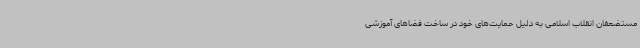
مستضعفان انقلاب اسلامی به دلیل حمایت‌های خود در ساخت فضاهای آموزشی